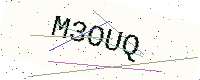
Text: M3OUQ